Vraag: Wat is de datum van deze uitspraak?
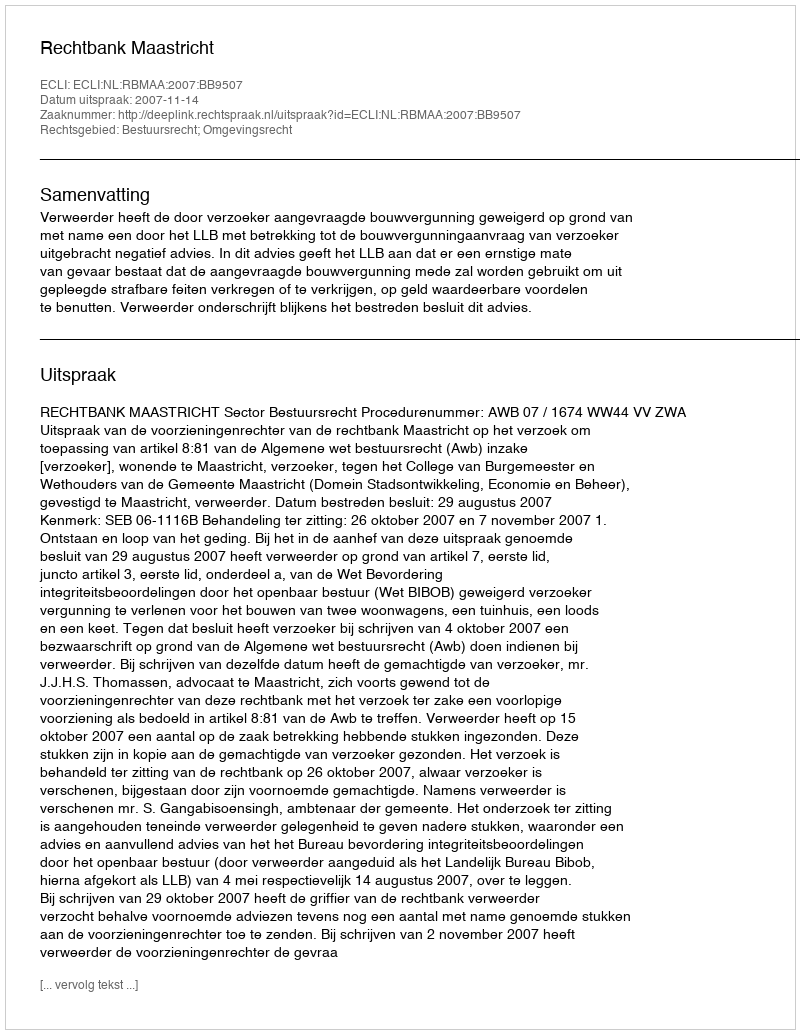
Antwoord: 2007-11-14